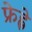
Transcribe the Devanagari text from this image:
फ्रेह्ले